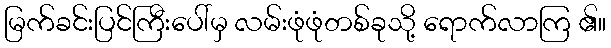
မြက်ခင်းပြင်ကြီးပေါ်မှ လမ်းဖုံဖုံတစ်ခုသို့ ရောက်လာကြ ၏။